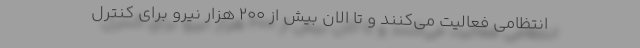
انتظامی فعالیت می‌کنند و تا الان بیش از ۲۰۰ هزار نیرو برای کنترل